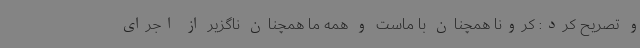
و تصریح کرد: کرونا همچنان با ماست و همه ما همچنان ناگزیر از اجرای